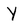
Character: Y